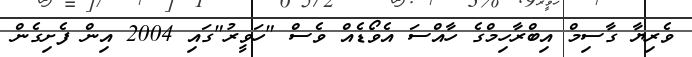
ވެރިޔާ ގާސިމް އިބްރާހިމްގެ ހާއްސަ އެވޯޑެއް ވެސް "ހަވީރު"ގައި 2004 އިން ފެށިގެން